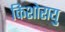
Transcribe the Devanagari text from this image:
किशोरायु